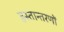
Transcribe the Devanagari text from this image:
हस्तान्तरणों